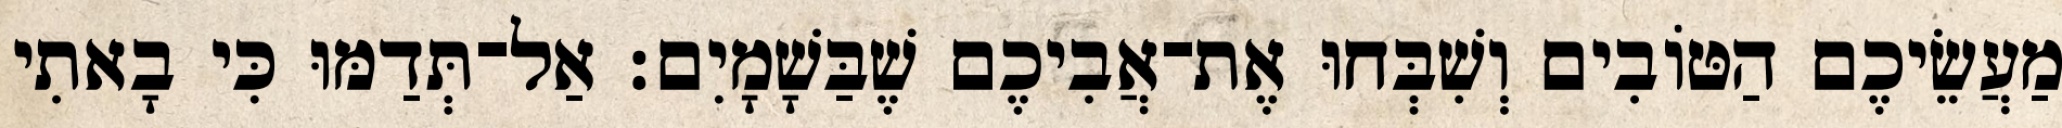
מַעֲשֵׂיכֶם הַטּוֹבִים וְשִׁבְּחוּ אֶת־אֲבִיכֶם שֶׁבַּשָׁמָיִם׃ אַל־תְּדַמּוּ כִּי בָאתִי